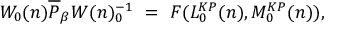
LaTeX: W _ { 0 } ( n ) \overline { { { P } } } _ { \beta } W ( n ) _ { 0 } ^ { - 1 } ~ = ~ F ( L _ { 0 } ^ { K P } ( n ) , M _ { 0 } ^ { K P } ( n ) ) ,